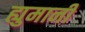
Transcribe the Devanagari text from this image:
ह्युमानी